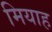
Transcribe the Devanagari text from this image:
मियाह